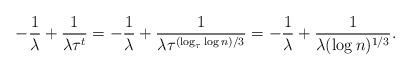
LaTeX: \begin{align*} - \frac{1}{\lambda} + \frac{1}{\lambda \tau^t} = - \frac{1}{\lambda} + \frac{1}{\lambda \tau^{(\log_{\tau} \log n)/3}} = - \frac{1}{\lambda} + \frac{1}{\lambda (\log n)^{1/3}}.\end{align*}